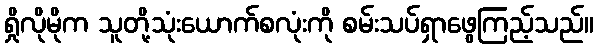
ရှိုလိုမိုက သူတို့သုံးယောက်စလုံးကို စမ်းသပ်ရှာဖွေကြည့်သည်။